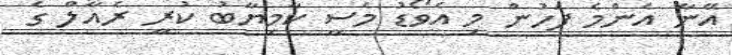
އޭނާ އެންމެ ފަހުން މި އެވޯޑު މެސީ ކާމިޔާބު ކުރީ ރެއާލް ގެ